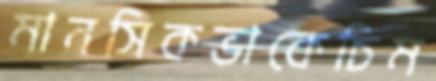
মানসিকভাকেচিম